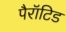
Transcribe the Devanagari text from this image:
पैरॉटिड